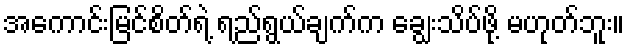
အကောင်းမြင်စိတ်ရဲ့ ရည်ရွယ်ချက်က ချွေးသိပ်ဖို့ မဟုတ်ဘူး။